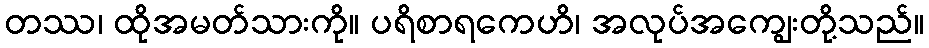
တဿ၊ ထိုအမတ်သားကို။ ပရိစာရကေဟိ၊ အလုပ်အကျွေးတို့သည်။